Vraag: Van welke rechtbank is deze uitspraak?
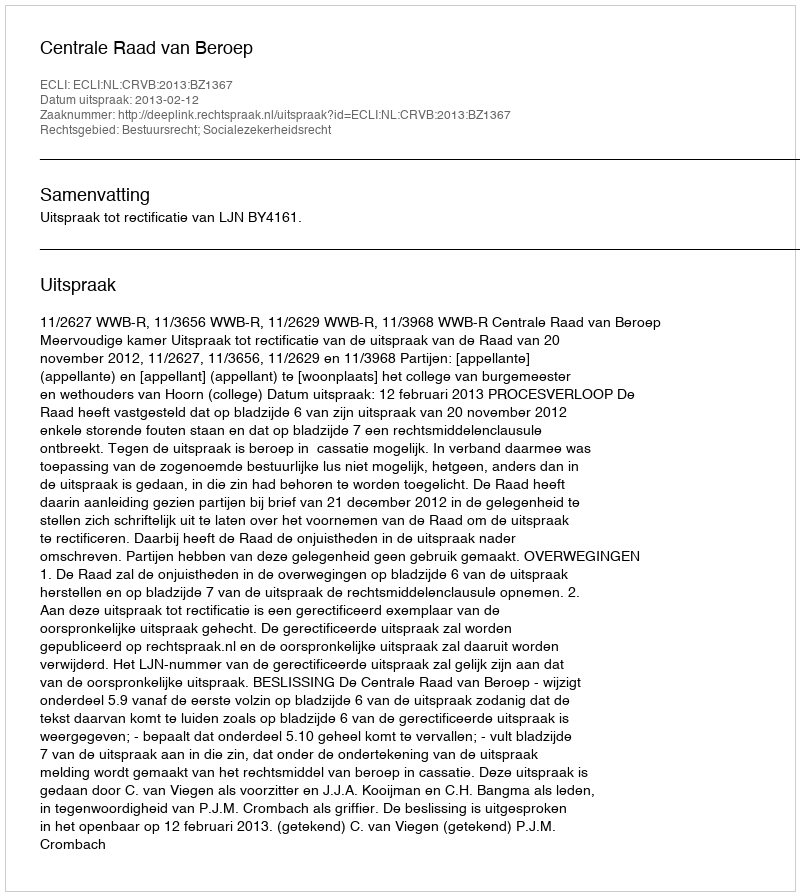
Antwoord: Centrale Raad van Beroep